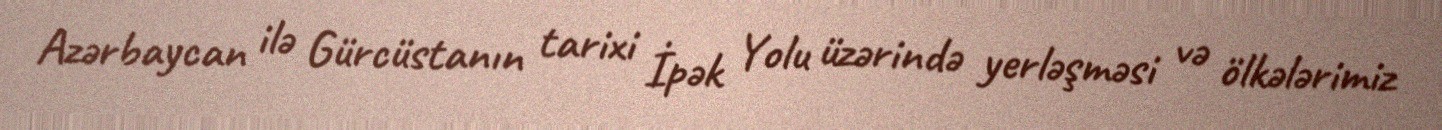
Azərbaycan ilə Gürcüstanın tarixi İpək Yolu üzərində yerləşməsi və ölkələrimiz